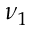
\nu _ { 1 }